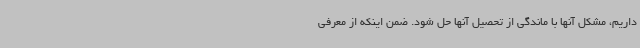
داریم، مشکل آنها با ماندگی از تحصیل آنها حل شود. ضمن اینکه از معرفی